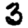
Digit: 3